Annual report of the Punjab Veterinary College and of the Civil Veterinary Department, Punjab - 1926-1932
Year: 1926
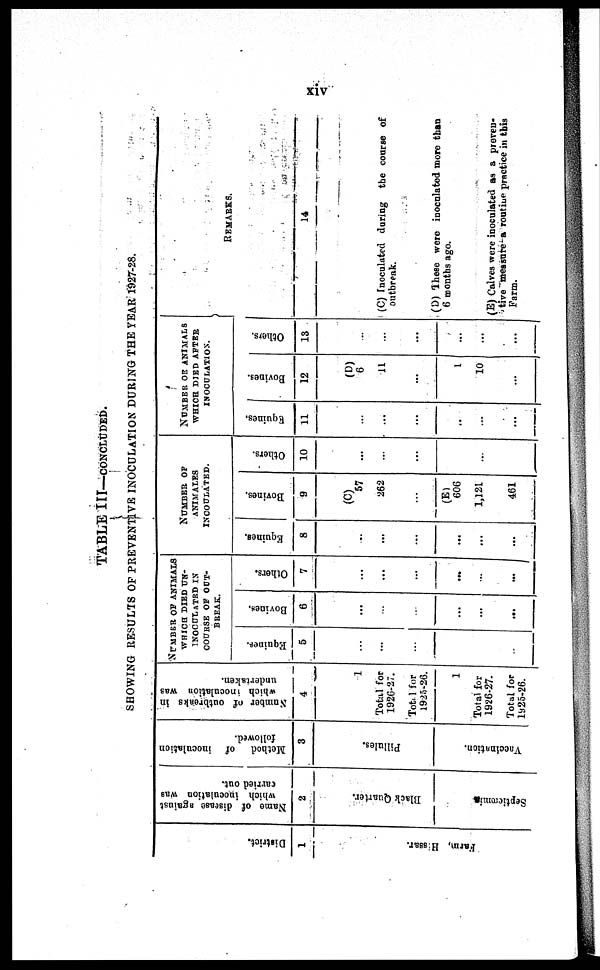
xiv
TABLE III—CONCLUDED.
SHOWING RESULTS OF PREVENTIVE INOCULATION DURING THE YEAR 1927-28.
District.
1
Farm, Hissar.
Name of disease against
which inoculation was
carried out.
2
Black Quarter.
Septicæmia
Method
of inoculation
followed.
3
Pillules.
Vaccination.
Number of outbreaks in
which inoculation was
undertaken.
4
1
Total for
1926-27.
Tota1 for
l925-26.
1
Total for
1926-27.
Total for
1925-26.
NUMBER OF ANIMALS
WHICH DIED UN¬
INOCULATED IN
COURSE OF OUT¬
BREAK.
Equines.
5
...
...
...
Bovines.
6
...
...
...
...
...
...
Others.
7
...
...
...
...
...
...
NUMBER OF
ANIMALS
INCOULATED.
Equines.
8
...
...
...
...
...
...
Bovines.
9
(C)
57
262
...
(E)
606
1,121
461
Others.
10
...
...
...
...
NUMBER OF ANIMALS
WHICH DIED AFTER
INOCULATION.
Equines.
11
...
...
...
...
...
...
Bovines.
12
(D)
6
11
...
1
10
...
Others.
13
...
...
...
...
...
...
REMARKS.
14
(C) Inoculated during the course of
outbreak.
(D) There were inoculated more than
6 months ago.
(E) Calves were inoculated as a preven-
tive measure a routine practice in this
Farm.